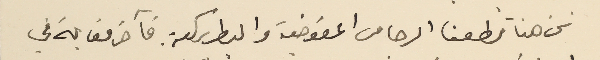
نحن هنا قطعنا الرجا من المفوضية والبطريركية فآخر مقابلة في